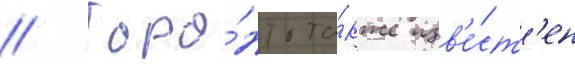
// Торо́нто та́кже изв'е́ст'ен